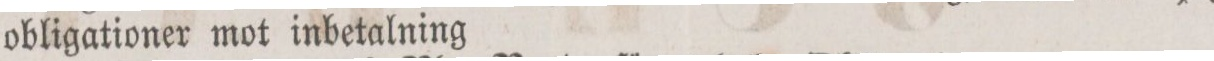
obligationer mot inbetalning